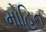
મોહિન